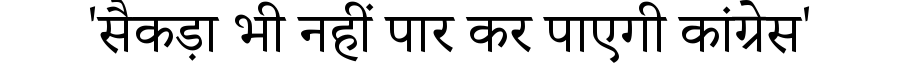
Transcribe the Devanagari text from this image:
'सैकड़ा भी नहीं पार कर पाएगी कांग्रेस'